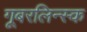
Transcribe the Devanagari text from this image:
गूबरलिन्स्क